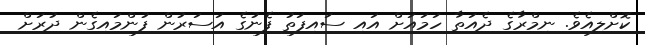
ކޮށްލިއެވެ. ނިމްރާގެ ދެއަތާ ހަމައަށް އައި ސައިފަތު ފެނުގެ އަސަރުން ފުންމައިގެން ދުރަށް